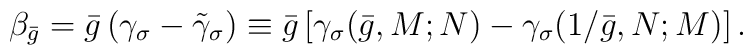
\beta _{\bar{g}}=\bar{g}\left( \gamma _{\sigma }-\tilde{\gamma}_{\sigma}\right) \equiv \bar{g}\left[ \gamma _{\sigma }(\bar{g},M;N)-\gamma _{\sigma}(1/\bar{g},N;M)\right] .